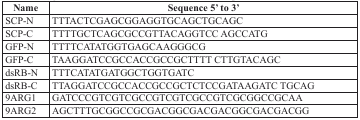
<table><thead><tr><td><b>Name</b></td><td><b>Sequence 5′ to 3′</b></td></tr></thead><tbody><tr><td>SCP-N</td><td>TTTACTCGAGCGGAGGTGCAGCTGCAGC</td></tr><tr><td>SCP-C</td><td>TTTTGCTCAGCGCCGTTACAGGTCC AGCCATG</td></tr><tr><td>GFP-N</td><td>TTTTCATATGGTGAGCAAGGGCG</td></tr><tr><td>GFP-C</td><td>TAAGGATCCGCCACCGCCGCTTTT CTTGTACAGC</td></tr><tr><td>dsRB-N</td><td>TTTCATATGATGGCTGGTGATC</td></tr><tr><td>dsRB-C</td><td>TTAGGATCCGCCACCGCCGCTCTCCGATAAGATC TGCAG</td></tr><tr><td>9ARG1</td><td>GATCCCGTCGTCGCCGTCGTCGCCGTCGCGGCCGCAA</td></tr><tr><td>9ARG2</td><td>AGCTTTGCGGCCGCGACGGCGACGACGGCGACGACGG</td></tr></tbody></table>